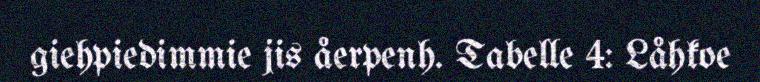
giehpiedimmie jis åerpenh. Tabelle 4: Låhkoe